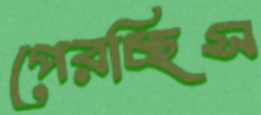
পেরচ্ছিস